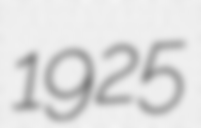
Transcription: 1925